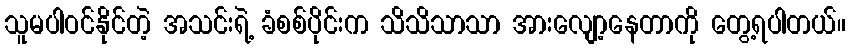
သူမပါဝင်နိုင်တဲ့ အသင်းရဲ့ ခံစစ်ပိုင်းက သိသိသာသာ အားလျော့နေတာကို တွေ့ရပါတယ်။